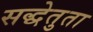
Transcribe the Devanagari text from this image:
सद्धेतुता